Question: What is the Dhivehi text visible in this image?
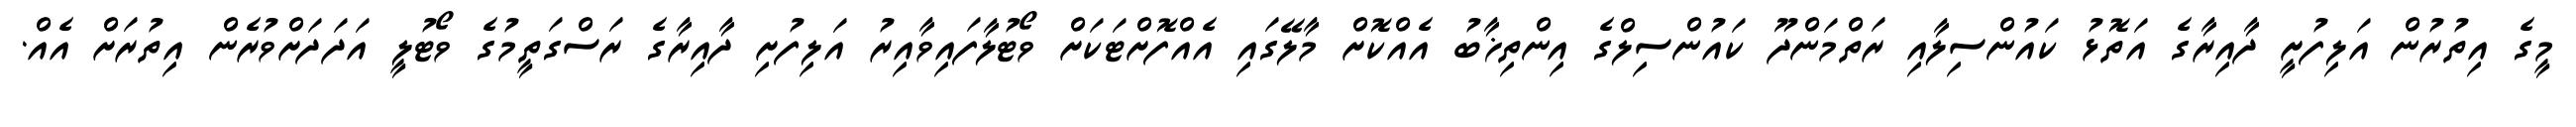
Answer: މީގެ އިތުރުން އަލިފުށީ ދާއިރާގެ އަތޮޅު ކައުންސިލާއި ރަތްމަންދޫ ކައުންސިލްގެ އިންތިޚާބު އެއްކޮށް މާލޭގައި އެއްފޮށްޓަކަށް ވޯޓުލާފައިވާއިރު އަލިފުށި ދާއިރާގެ ރަސްގަތީމުގެ ވޯޓުލީ އަދަދަށްވުރެން އިތުރަށް އެއް.